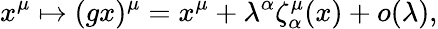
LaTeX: x^{\mu}\mapsto(gx)^{\mu}=x^{\mu}+\lambda^{\alpha}\zeta_{\alpha}^{\mu}(x)+o(\lambda),